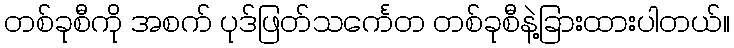
တစ်ခုစီကို အစက် ပုဒ်ဖြတ်သင်္ကေတ တစ်ခုစီနဲ့ခြားထားပါတယ်။